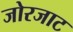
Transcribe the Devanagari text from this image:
जोरजाट